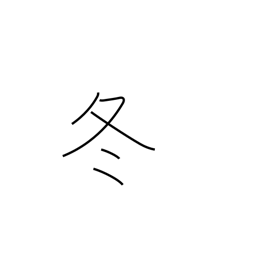
Meaning: winter